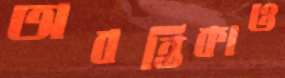
অবন্তিকাও